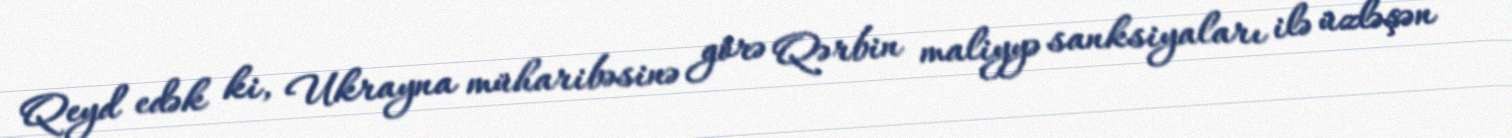
Qeyd edək ki, Ukrayna müharibəsinə görə Qərbin maliyyə sanksiyaları ilə üzləşən